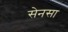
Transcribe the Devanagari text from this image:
सेनसा